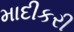
માદીકરી